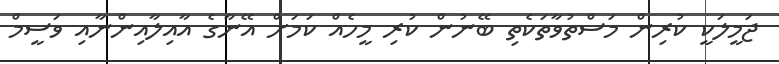
ޖަމީލަކީ ކުރިން މަސްތުވާތަކެތި ބޭނުން ކުރި މީހެއް ކަމަށް އޭނާގެ އާއިލާއިންނާއި ވަސީމް